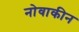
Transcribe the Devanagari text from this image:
नोवाकीन